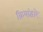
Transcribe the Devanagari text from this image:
क्रियांद्वारे